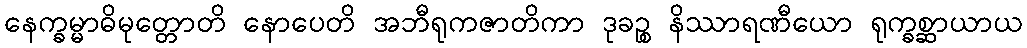
နေက္ခမ္မာဓိမုတ္တောတိ နောပေတိ အဘီရုကဇာတိကာ ဒုခဉ္စ နိဿာရဏီယော ရုက္ခစ္ဆာယာယ